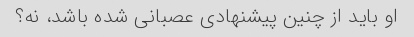
او باید از چنین پیشنهادی عصبانی شده باشد، نه؟